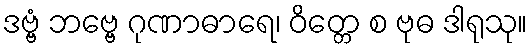
ဒဗ္ဗံ ဘဗ္ဗေ ဂုဏာဓာရေ၊ ဝိတ္တေ စ ဗုဓ ဒါရုသု။